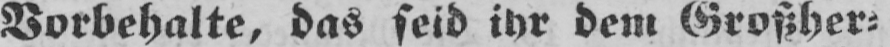
Vorbehalte, das seid ihr dem Großher⸗